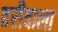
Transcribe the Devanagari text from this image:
हरीबाला